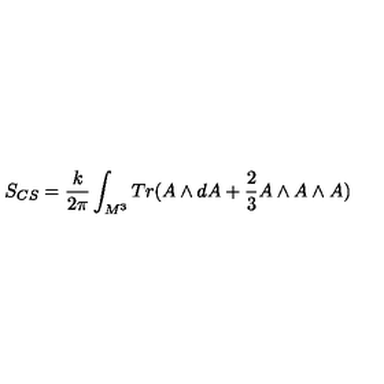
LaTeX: S _ { C S } = \frac { k } { 2 \pi } \int _ { M ^ { 3 } } T r ( A \wedge d A + \frac { 2 } { 3 } A \wedge A \wedge A )